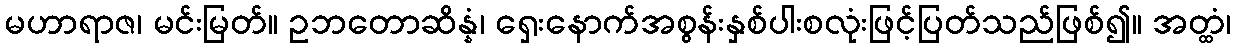
မဟာရာဇ၊ မင်းမြတ်။ ဥဘတောဆိန္နံ၊ ရှေးနောက်အစွန်းနှစ်ပါးစလုံးဖြင့်ပြတ်သည်ဖြစ်၍။ အတ္ထံ၊